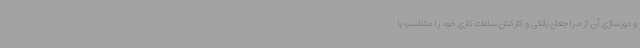
و دورسازی آن از مراجعان بانکی و کارکنان ساعات کاری خود را متناسب با